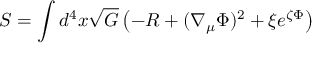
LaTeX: { \cal S } = \int d ^ { 4 } x \sqrt { G } \left( - R + ( \nabla _ { \mu } \Phi ) ^ { 2 } + \xi e ^ { \zeta \Phi } \right)